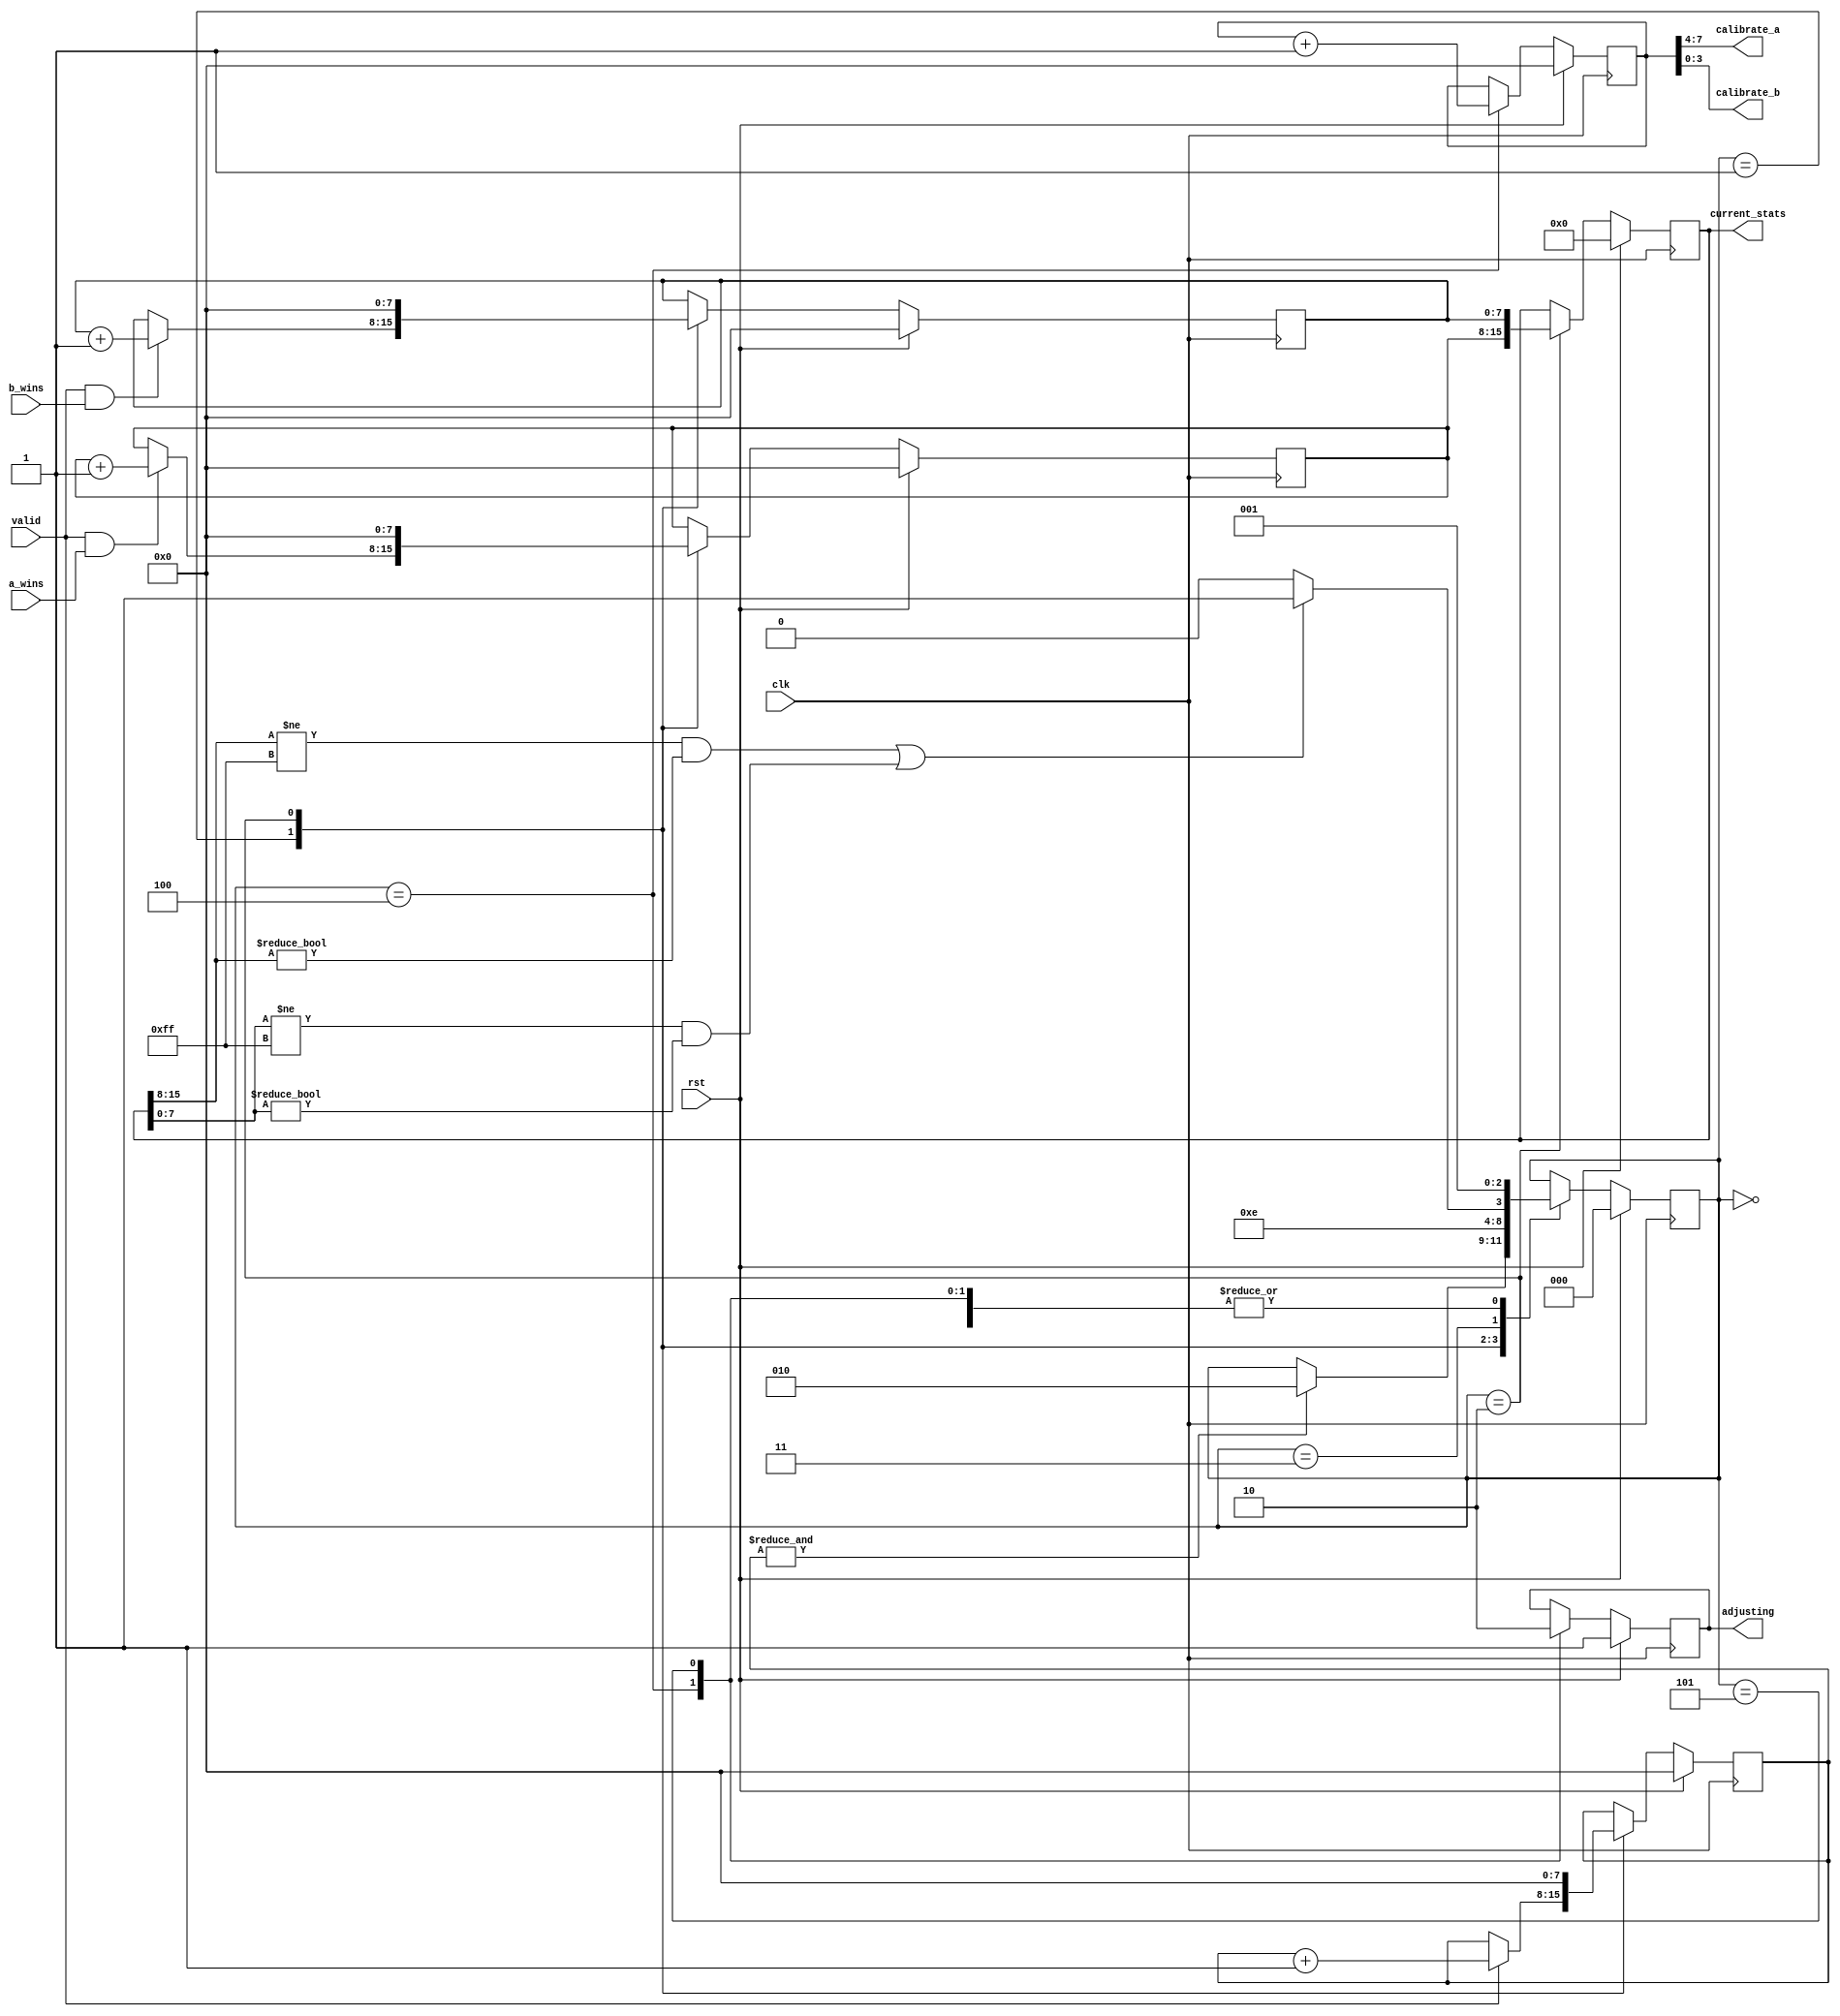
module chain_delay_adjust
(
	clk,rst,
	calibrate_a,
	calibrate_b,
	a_wins,
	b_wins,
	valid,
	adjusting,
	current_stats
);

parameter CALIBRATE_BITS = 4;

input clk,rst;
output [CALIBRATE_BITS-1:0] calibrate_a;
output [CALIBRATE_BITS-1:0] calibrate_b;
input a_wins,b_wins,valid;
output [15:0] current_stats;
output reg adjusting;

reg [2*CALIBRATE_BITS-1:0] current_setting;
reg [7:0] trials,a_tally,b_tally;
reg [15:0] current_stats;

assign {calibrate_a, calibrate_b} = current_setting;

reg [2:0] state /* synthesis preserve */;
parameter 
		ST_START = 3'h0,
		ST_COUNT = 3'h1,
		ST_CHECK = 3'h2,
		ST_CHECK_B = 3'h3,
		ST_ADJUST = 3'h4,
		ST_OPERATE = 3'h5;

always @(posedge clk) begin
	if (rst) begin
		state <= ST_START;
		a_tally <= 0;
		b_tally <= 0;
		trials <= 0;
		current_setting <= 0;
		current_stats <= 0;
		adjusting <= 1'b1;
	end
	else begin
		case (state)
			ST_START: begin
				state <= ST_COUNT;
			end
			ST_COUNT: begin
				if (valid & a_wins) a_tally <= a_tally + 1'b1;
				if (valid & b_wins) b_tally <= b_tally + 1'b1;
				if (valid) trials <= trials + 1'b1;
				if (&trials) state <= ST_CHECK;
			end
			ST_CHECK : begin
				current_stats <= {a_tally,b_tally};
				a_tally <= 0;
				b_tally <= 0;
				trials <= 0;
				state <= ST_CHECK_B;
			end
			ST_CHECK_B : begin
				if ((current_stats[15:8] != 8'hff &&
					current_stats[15:8] != 8'h00) ||
					(current_stats[7:0] != 8'hff &&
					current_stats[7:0] != 8'h00))
				begin
					state <= ST_OPERATE;
				end
				else begin
					state <= ST_ADJUST;
				end
			end
			ST_ADJUST : begin
				adjusting <= 1'b1;
				current_setting <= current_setting + 1'b1;
				state <= ST_COUNT;
			end
			ST_OPERATE : begin
				adjusting <= 1'b0;
				state <= ST_COUNT;
			end
		endcase
	end
end

endmodule